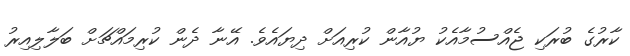
ކާރުގެ ބުރަކި ޖެއްސުމާއެކު ޔުއާން ކުރިއަށް ދިޔައެވެ. އޭނާ ދެން ކުރިމައްޗަށް ބަލާލިއިރު